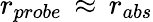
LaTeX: r_{probe}\, \approx\, r_{abs}